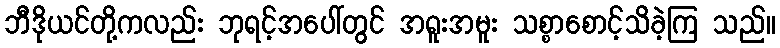
ဘီဒိုယင်တို့ကလည်း ဘုရင့်အပေါ်တွင် အရူးအမူး သစ္စာစောင့်သိခဲ့ကြ သည်။